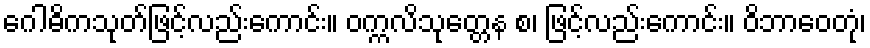
ဂေါဓိကသုတ်ဖြင့်လည်းကောင်း။ ဝက္ကလိသုတ္တေန စ၊ ဖြင့်လည်းကောင်း။ ဝိဘာဝေတုံ၊